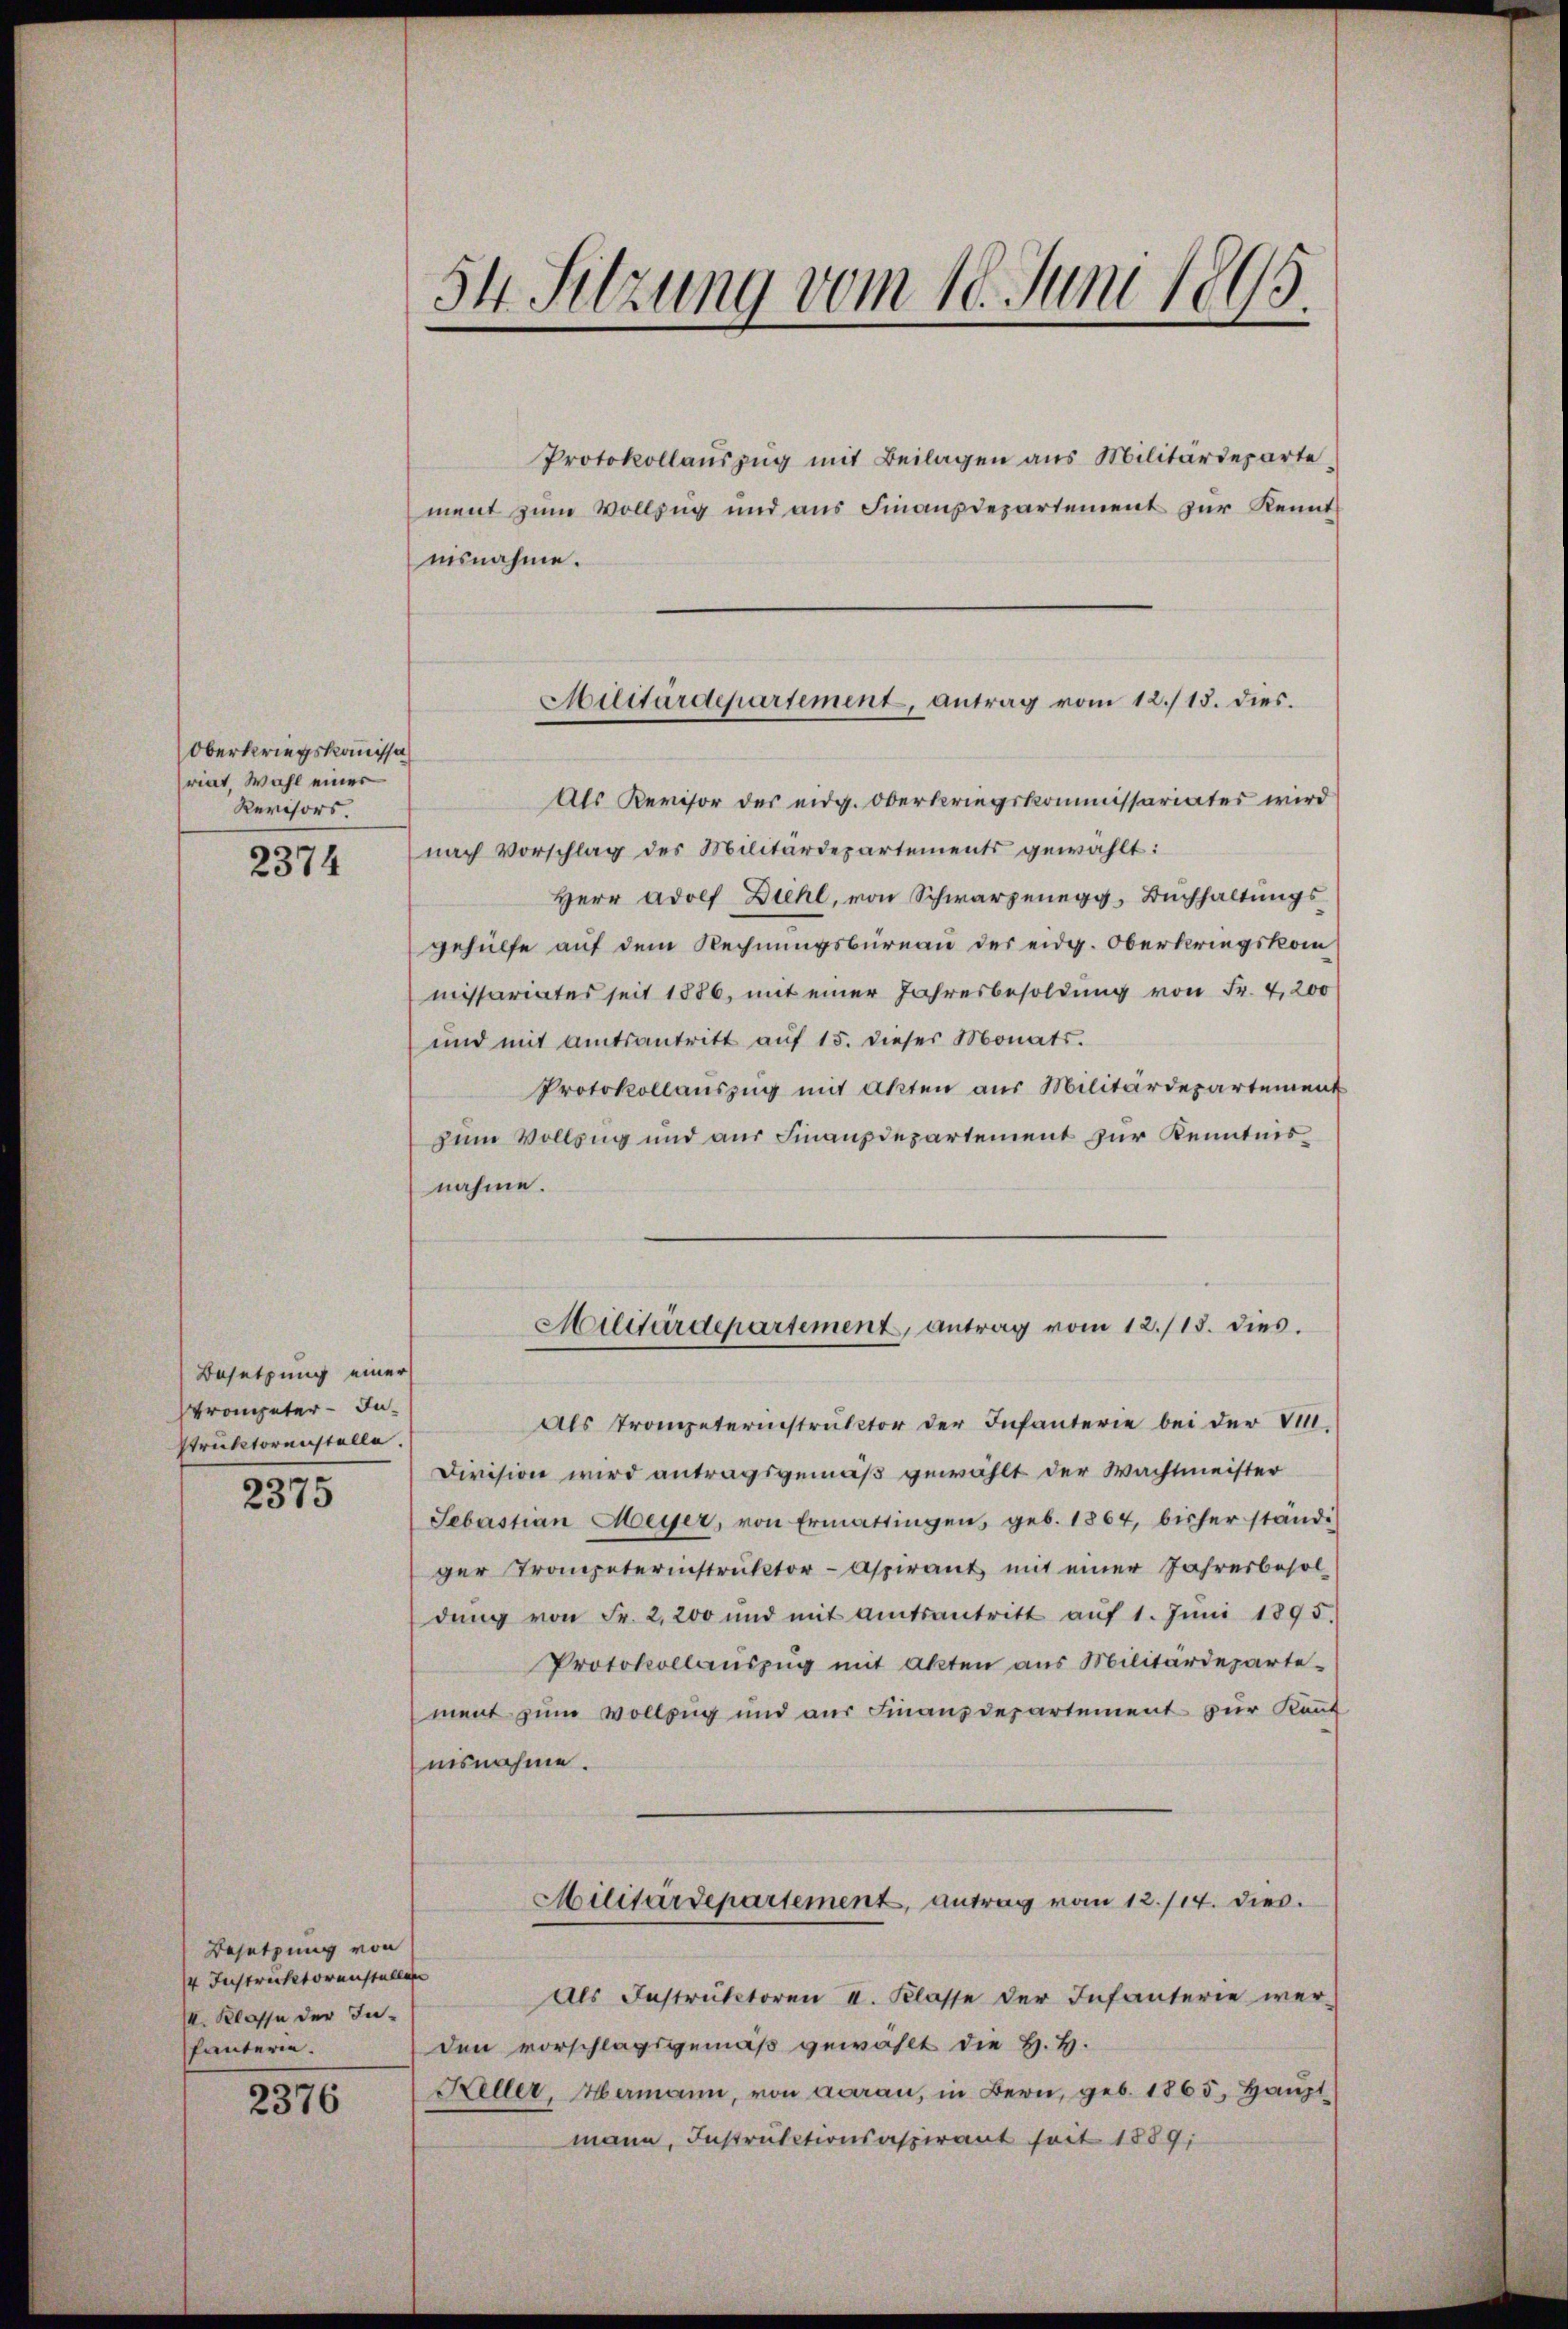
Oberkriegskommissa
riat. Wahl einer
Revisors

2374

Besetzung einer
strompeter Instruktorenstelle.

2375

Besetzung von
4 Instruktorenstellen
4. Klasse der Inhäuterie.

2376

54. Sitzung vom 18. Juni 1895.

Protokollaŭszŭg mit Beilagen aus Militärdeparte
ment zum Vollzug und aus Finanzdepartement zur Kennt
isnahme.
Als Revisor des eidg. Oberkriegskommissariates wird
nach Vorschlag des Militärdepartements gewählt:
Herr Adolf Diehl, von Schwarzenegg, Bŭchhaltŭngs-
gehülfe auf dem Rechnungsbureau der eidg. Oberkriegskom
missariates seit 1886, mit einer Jahresbesoldung von Fr. 4,200
und mit amtsantritt auf 15. dieser Monats¬
Protokollauszug mit Akten aus Militärdepartement
zum Vollzug und aus Finanzdepartement zur Kenntnisnahme.
Militärdepartement, antrag vom 12./13. dies.
Als Trompeterinstruktor der Infanterie bei der v.
Division wird antragsgemäß gewählt der Wachtmeister
Sebastian Meyer, von Ermattingen, geb. 1864, bisher ständi
ger Trompeterinstruktor Aspirant mit einer Jahresbesoldŭng von Fr. 2,200 und mit Amtsantritt aŭf 1. Jŭni 1895.
Protokollaŭszŭg mit akten aus Militärdeparte-
ment zum Vollzug und aus Finanzdepartement zur Kauf
nisnahme.
Militärdepartement, antrag vom 12./14. dies
Als Instruktoren II. Klasse der Infanterie wer-
den vorschlagsgemäß gewählt die H. H.
Keller, Hermann, von daran, in Bern, geb. 1865, Haupt
mann, Instructionsaspirant seit 1889,

Militärdepartement, antrag vom 12./13. dies.